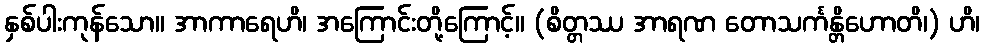
နှစ်ပါးကုန်သော။ အာကာရေဟိ၊ အကြောင်းတို့ကြောင့်။ (စိတ္တဿ အာရဏ တောသင်္ကန္တိဟောတိ၊) ဟိ၊